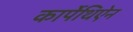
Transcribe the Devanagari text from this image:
कार्पेथिऐन